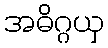
အဓိဂ္ဂယှ